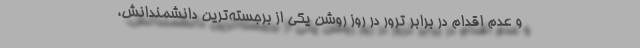
و عدم اقدام در برابر ترور در روز روشن یکی از برجسته‌ترین دانشمندانش،